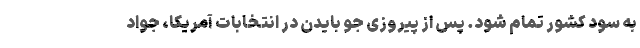
به سود کشور تمام شود. پس از پیروزی جو بایدن در انتخابات آمریکا، جواد